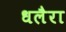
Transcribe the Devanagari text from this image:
धलैरा